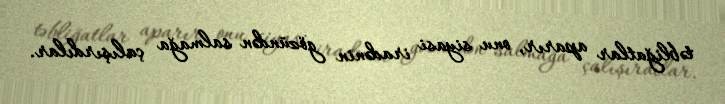
təbliğatlar aparır, onu siyasi iradənin gözündən salmağa çalışırdılar.